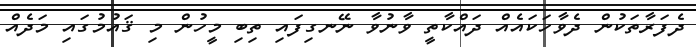
ދެފަރާތަކުން ދެވާހަކައެއް ދައްކާތީ ވާނުވާ ނޭނގިފައި ތިބި މީހުން މި ޤައުމުގައި މަދެއް